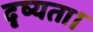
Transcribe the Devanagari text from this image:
दृष्यता।